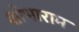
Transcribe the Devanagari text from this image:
शोभाराम